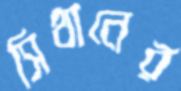
সিথানের